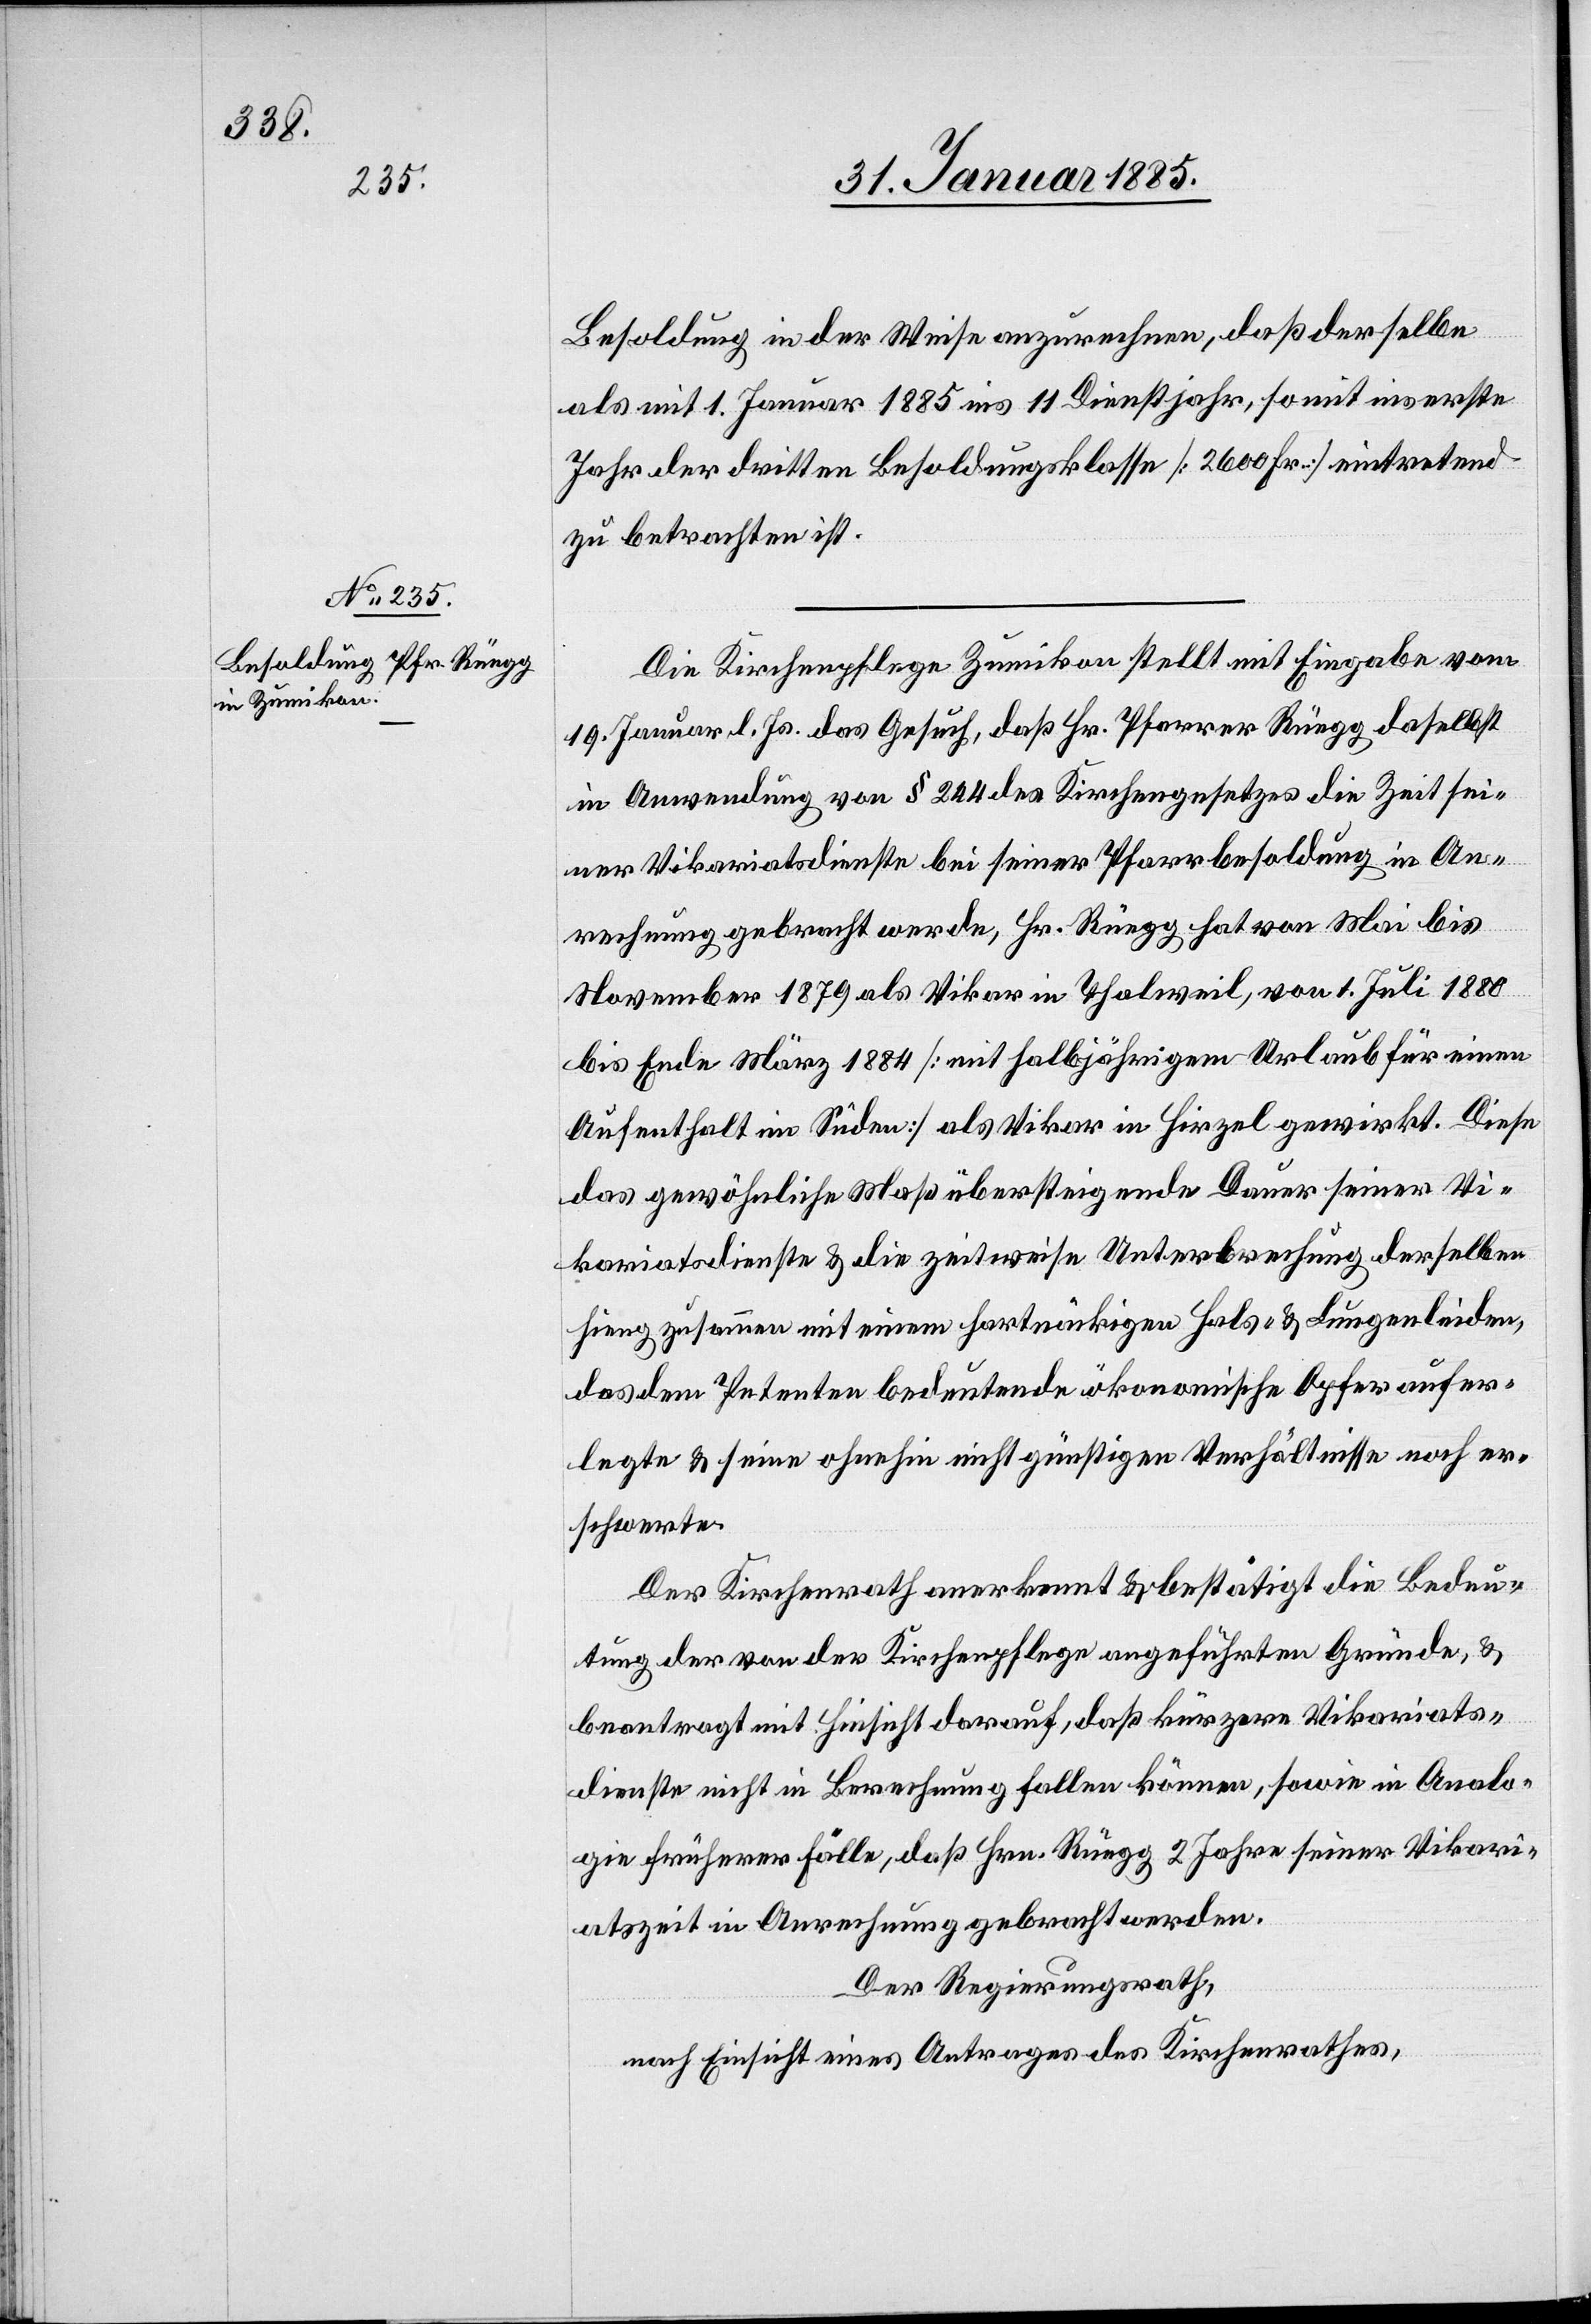
Besoldung in der Weise anzurechnen, daß derselbe
als mit 1. Januar 1885 ins 11 Dienstjahr, somit ins erste
Jahr der dritten Besoldungsklasse [2600 Fr.] eintretend
zu betrachten ist.
Die Kirchenpflege Zumikon stellt mit Eingabe vom
19. Januar l. Js. das Gesuch, daß Hr. Pfarrer Rüegg daselbst
in Anwendung von § 244 des Kirchengesetzes die Zeit sei¬
ner Vikariatsdienste bei seiner Pfarrbesoldung in An¬
rechnung gebracht werde, Hr. Rüegg hat von Mai bis
November 1879 als Vikar in Thalweil, von 1. Juli 1880
bis Ende März 1884 [mit halbjährigem Urlaub für einen
Aufenthalt im Süden] als Vikar in Hirzel gewirkt. Diese
das gewöhnliche Maß übersteigende Dauer seiner Vi¬
kariatsdienste & die zeitweise Unterbrechung derselben
hing zusammen mit einem hartnäckigen Hals- & Lungenleiden,
das dem Petenten bedeutende ökonomische Opfer aufer¬
legte & seine ohnehin nicht günstigen Verhältnisse noch er¬
schwerte.
Der Kirchenrath anerkennt & bestätigt die Bedeu¬
tung der von der Kirchenpflege angeführten Gründe, &
beantragt mit Hinsicht darauf, das kürzere Vikariats¬
dienste nicht in Berechnung fallen können, sowie in Analo¬
gie früherer Fälle, daß Hrn. Rüegg 2 Jahre seiner Vikari¬
atszeit in Anrechnung gebracht werden.
Der Regierungsrath,
nach Einsicht eines Antrages des Kirchenrathes,